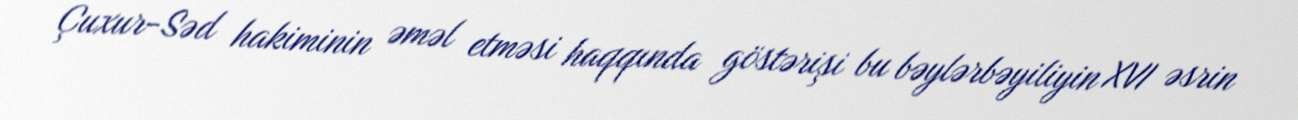
Çuxur-Səd hakiminin əməl etməsi haqqında göstərişi bu bəylərbəyiliyin XVI əsrin